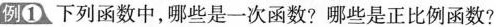
例①下列函数中，哪些是一次函数?哪些是正比例函数?